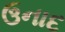
ઉનાદ